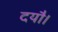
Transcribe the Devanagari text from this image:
दयौ।